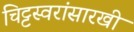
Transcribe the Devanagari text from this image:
चिट्टस्वरांसारखी